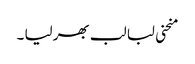
منحنی لبا لب بھر لیا ۔